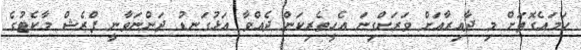
ހަމައެގޮތަށް މި ދާއިރާއަށް ވަރަށްގިނަ އެހީތެރިކަން ދެއްވާ އަޅުގަނޑު ދަންނަވާނީ ފްރެޝް މާކެޓުގެ